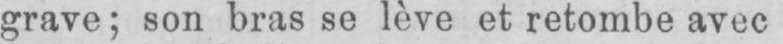
grave; son bras se lève et retombe avec